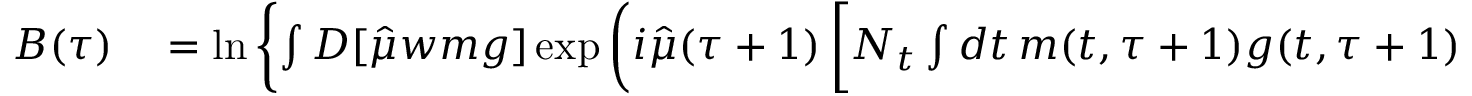
\begin{array} { r l } { B ( \tau ) } & { { } = \ln \left\{ \int D [ \hat { \mu } w m g ] \exp \left( i \hat { \mu } ( \tau + 1 ) \left[ N _ { t } \int d t \, m ( t , \tau + 1 ) g ( t , \tau + 1 ) + \sum _ { k \neq j } w _ { k j } ( \tau + 1 ) - \sum _ { k } \int d t \Big [ g x _ { k } + m \hat { f } _ { k } \Big ] _ { t , \tau + 1 } \right] \right) \right\} } \end{array}